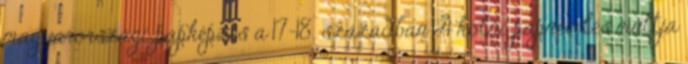
magyarországi papképzés a 17-18. században A kölni papnevelés múltja